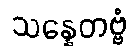
သန္နေတဗ္ဗံ